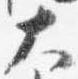
大